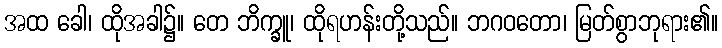
အထ ခေါ၊ ထိုအခါ၌။ တေ ဘိက္ခူ၊ ထိုရဟန်းတို့သည်။ ဘဂဝတော၊ မြတ်စွာဘုရား၏။